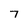
Character: 7